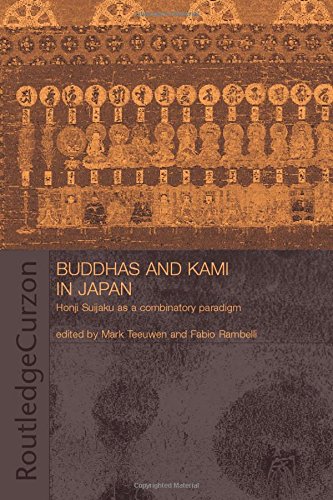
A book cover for Buddhas and Kami in Japan: Honji Suijaku as a Combinatory Paradigm; Religion & Spirituality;